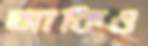
আকিও